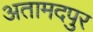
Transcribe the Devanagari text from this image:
अतामदपुर